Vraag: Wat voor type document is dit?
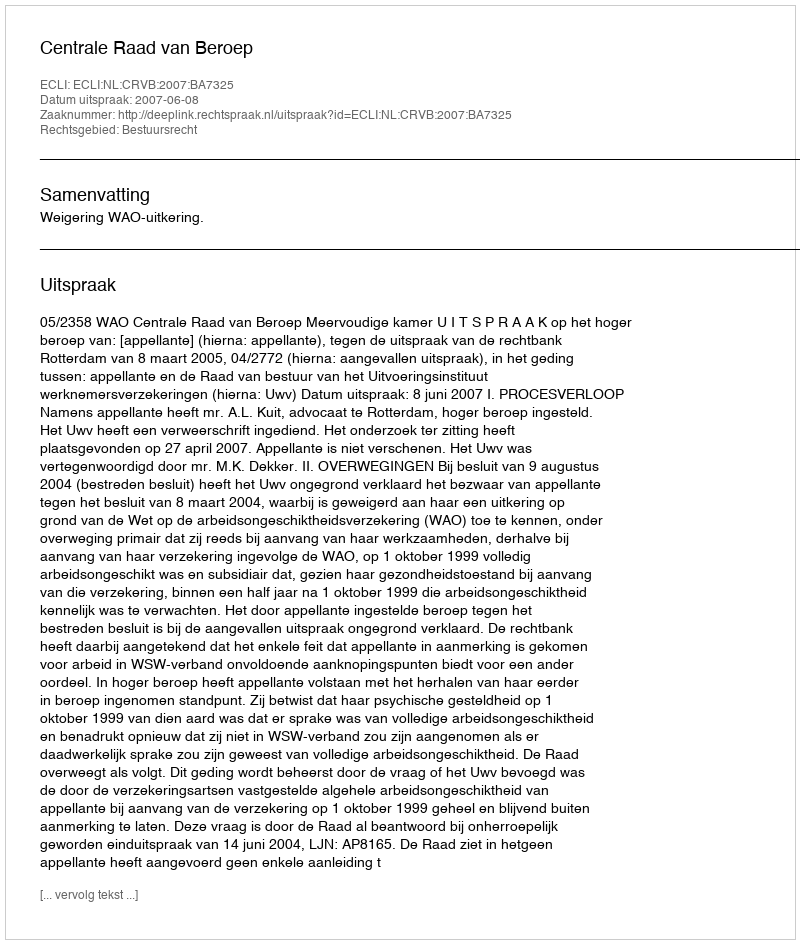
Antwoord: Uitspraak